Plague in India, 1896, 1897 - Volume 3
Year: 1896
Disease focus: Plague
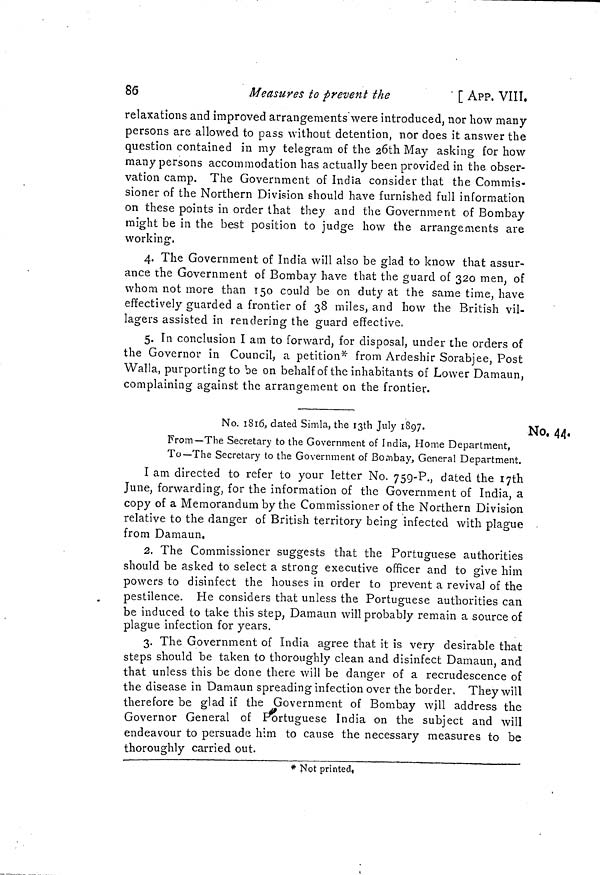
86
Measures to prevent the
' [ APP. VIII.
relaxations and improved arrangements were introduced, nor how many
persons are allowed to pass without detention, nor does it answer the
question contained in my telegram of the 26th May asking for how
many persons accommodation has actually been provided in the obser-
vation camp. The Government of India consider that the Commis-
sioner of the Northern Division should have furnished full information
on these points in order that they and the Government of Bombay
might be in the best position to judge how the arrangements are
working.
4. The Government of India will also be glad to know that assur-
ance the Government of Bombay have that the guard of 320 men, of
whom not more than 150 could be on duty at the same time, have
effectively guarded a frontier of 38 miles, and how the British vil-
lagers assisted in rendering the guard effective.
O
O
O
5. In conclusion I am to forward, for disposal, under the orders of
the Governor in Council, a petition* from Ardeshir Sorabjee, Post
Walla, purporting to be on behalf of the inhabitants of Lower Damaun,
complaining against the arrangement on the frontier.
No. 44.
No. 1816, dated Simla, the 13th July 1897.
From—The Secretary to the Government of India, Home Department,
To—The Secretary to the Government of Bombay, General Department.
I am directed to refer to your letter No. 759-P., dated the I7th
June, forwarding, for the information of the Government of India, a
copy of a Memorandum by the Commissioner of the Northern Division
relative to the danger of British territory being infected with plague
from Damaun.
2. The Commissioner suggests that the Portuguese authorities
should be asked to select a strong executive officer and to give him
powers to disinfect the houses in order to prevent a revival of the
pestilence. He considers that unless the Portuguese authorities can
be induced to take this step, Damaun will probably remain a source of
plague infection for years.
3. The Government of India agree that it is very desirable that
steps should be taken to thoroughly clean and disinfect Damaun, and
that unless this be done there will be danger of a recrudescence of
the disease in Damaun spreading infection over the border. They will
therefore be glad if the Government of Bombay will address the
Governor General of Portuguese India on the subject and will
endeavour to persuade him to cause the necessary measures to be
thoroughly carried out.
* Not printed,